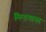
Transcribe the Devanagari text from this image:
मिन्टमायर